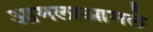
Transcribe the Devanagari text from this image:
आमलाआमले